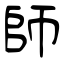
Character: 師